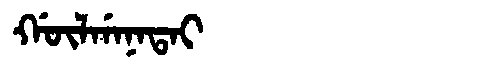
Manchu: ᡤᡡᠯᡤᠠᠨᠠᡨᠠᡳ
Romanization: GŪLGANATAI